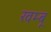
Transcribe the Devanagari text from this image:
खम्बू